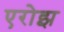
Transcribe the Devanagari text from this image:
एरोझ